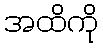
အထိကို